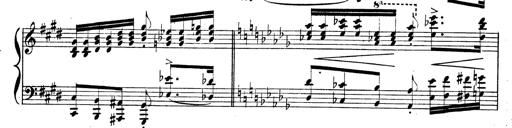
Title: BÃ©nÃ©diction et serment
Composer: Franz Liszt